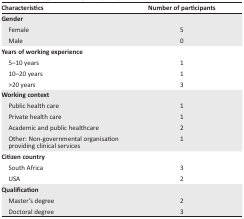
<table><thead><tr><td><b>Characteristics</b></td><td><b>Number of participants</b></td></tr></thead><tbody><tr><td><b>Gender</b></td><td></td></tr><tr><td> Female</td><td>5</td></tr><tr><td> Male</td><td>0</td></tr><tr><td><b>Years of working experience</b></td><td></td></tr><tr><td> 5–10 years</td><td>1</td></tr><tr><td> 10–20 years</td><td>1</td></tr><tr><td> &gt;20 years</td><td>3</td></tr><tr><td><b>Working context</b></td><td></td></tr><tr><td> Public health care</td><td>1</td></tr><tr><td> Private health care</td><td>1</td></tr><tr><td> Academic and public healthcare</td><td>2</td></tr><tr><td>Other: Non-governmental organisation providing clinical services</td><td>1</td></tr><tr><td><b>Citizen country</b></td><td></td></tr><tr><td> South Africa</td><td>3</td></tr><tr><td> USA</td><td>2</td></tr><tr><td><b>Qualification</b></td><td></td></tr><tr><td> Master’s degree</td><td>2</td></tr><tr><td> Doctoral degree</td><td>3</td></tr></tbody></table>